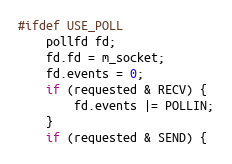
Language: C++
#ifdef USE_POLL
    pollfd fd;
    fd.fd = m_socket;
    fd.events = 0;
    if (requested & RECV) {
        fd.events |= POLLIN;
    }
    if (requested & SEND) {